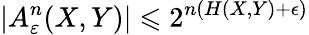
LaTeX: \left|A_{\varepsilon}^{n}(X,Y)\right|\leqslant 2^{n(H(X,Y)+\epsilon)}